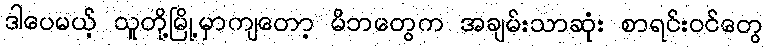
ဒါပေမယ့် သူတို့မြို့မှာကျတော့ မိဘတွေက အချမ်းသာဆုံး စာရင်းဝင်တွေ